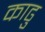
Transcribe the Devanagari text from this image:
काढु